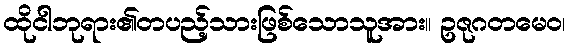
ထိုငါဘုရား၏တပည့်သားဖြစ်သောသူအား။ ဥဇုဂတမေဝ၊